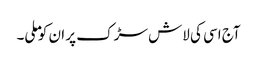
آج اسی کی لاش سڑک پر ان کو ملی۔